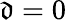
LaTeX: \mathfrak{d}=0